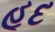
હૂદ